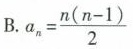
B.$$a_{n}= \frac{n(n-1)}{2}$$